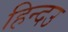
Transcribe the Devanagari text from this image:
हिन्दउ